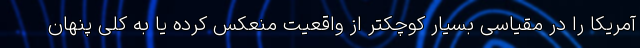
آمریکا را در مقیاسی بسیار کوچکتر از واقعیت منعکس کرده یا به کلی پنهان